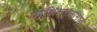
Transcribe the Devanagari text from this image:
पाकिस्तानांमध्ये